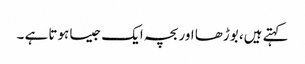
کہتے ہیں، بوڑھا اور بچہ ایک جیسا ہوتا ہے ۔